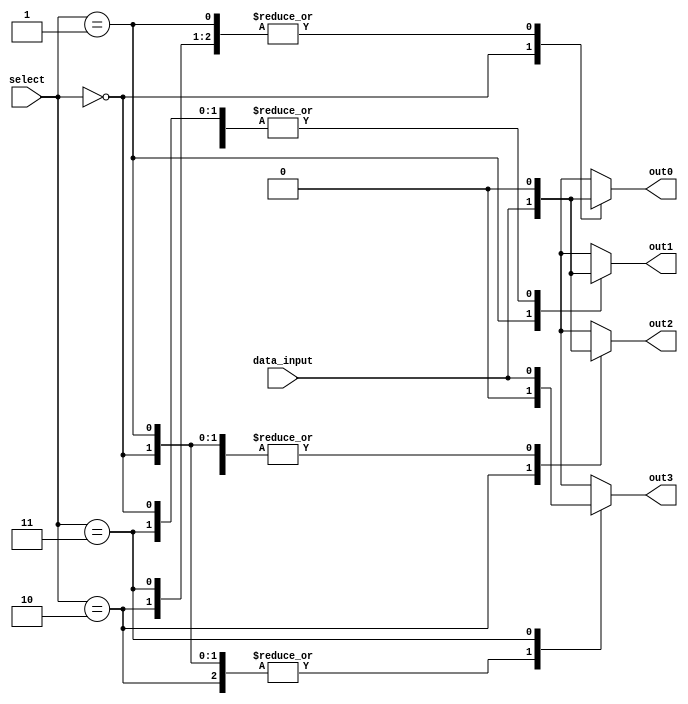
module demux_2to4 (
    input [1:0] select,
    input data_input,
    output reg out0,
    output reg out1,
    output reg out2,
    output reg out3
);

always @(*) begin
    case(select)
        2'b00: begin
            out0 = data_input;
            out1 = 0;
            out2 = 0;
            out3 = 0;
        end
        2'b01: begin
            out0 = 0;
            out1 = data_input;
            out2 = 0;
            out3 = 0;
        end
        2'b10: begin
            out0 = 0;
            out1 = 0;
            out2 = data_input;
            out3 = 0;
        end
        2'b11: begin
            out0 = 0;
            out1 = 0;
            out2 = 0;
            out3 = data_input;
        end
    endcase
end

endmodule